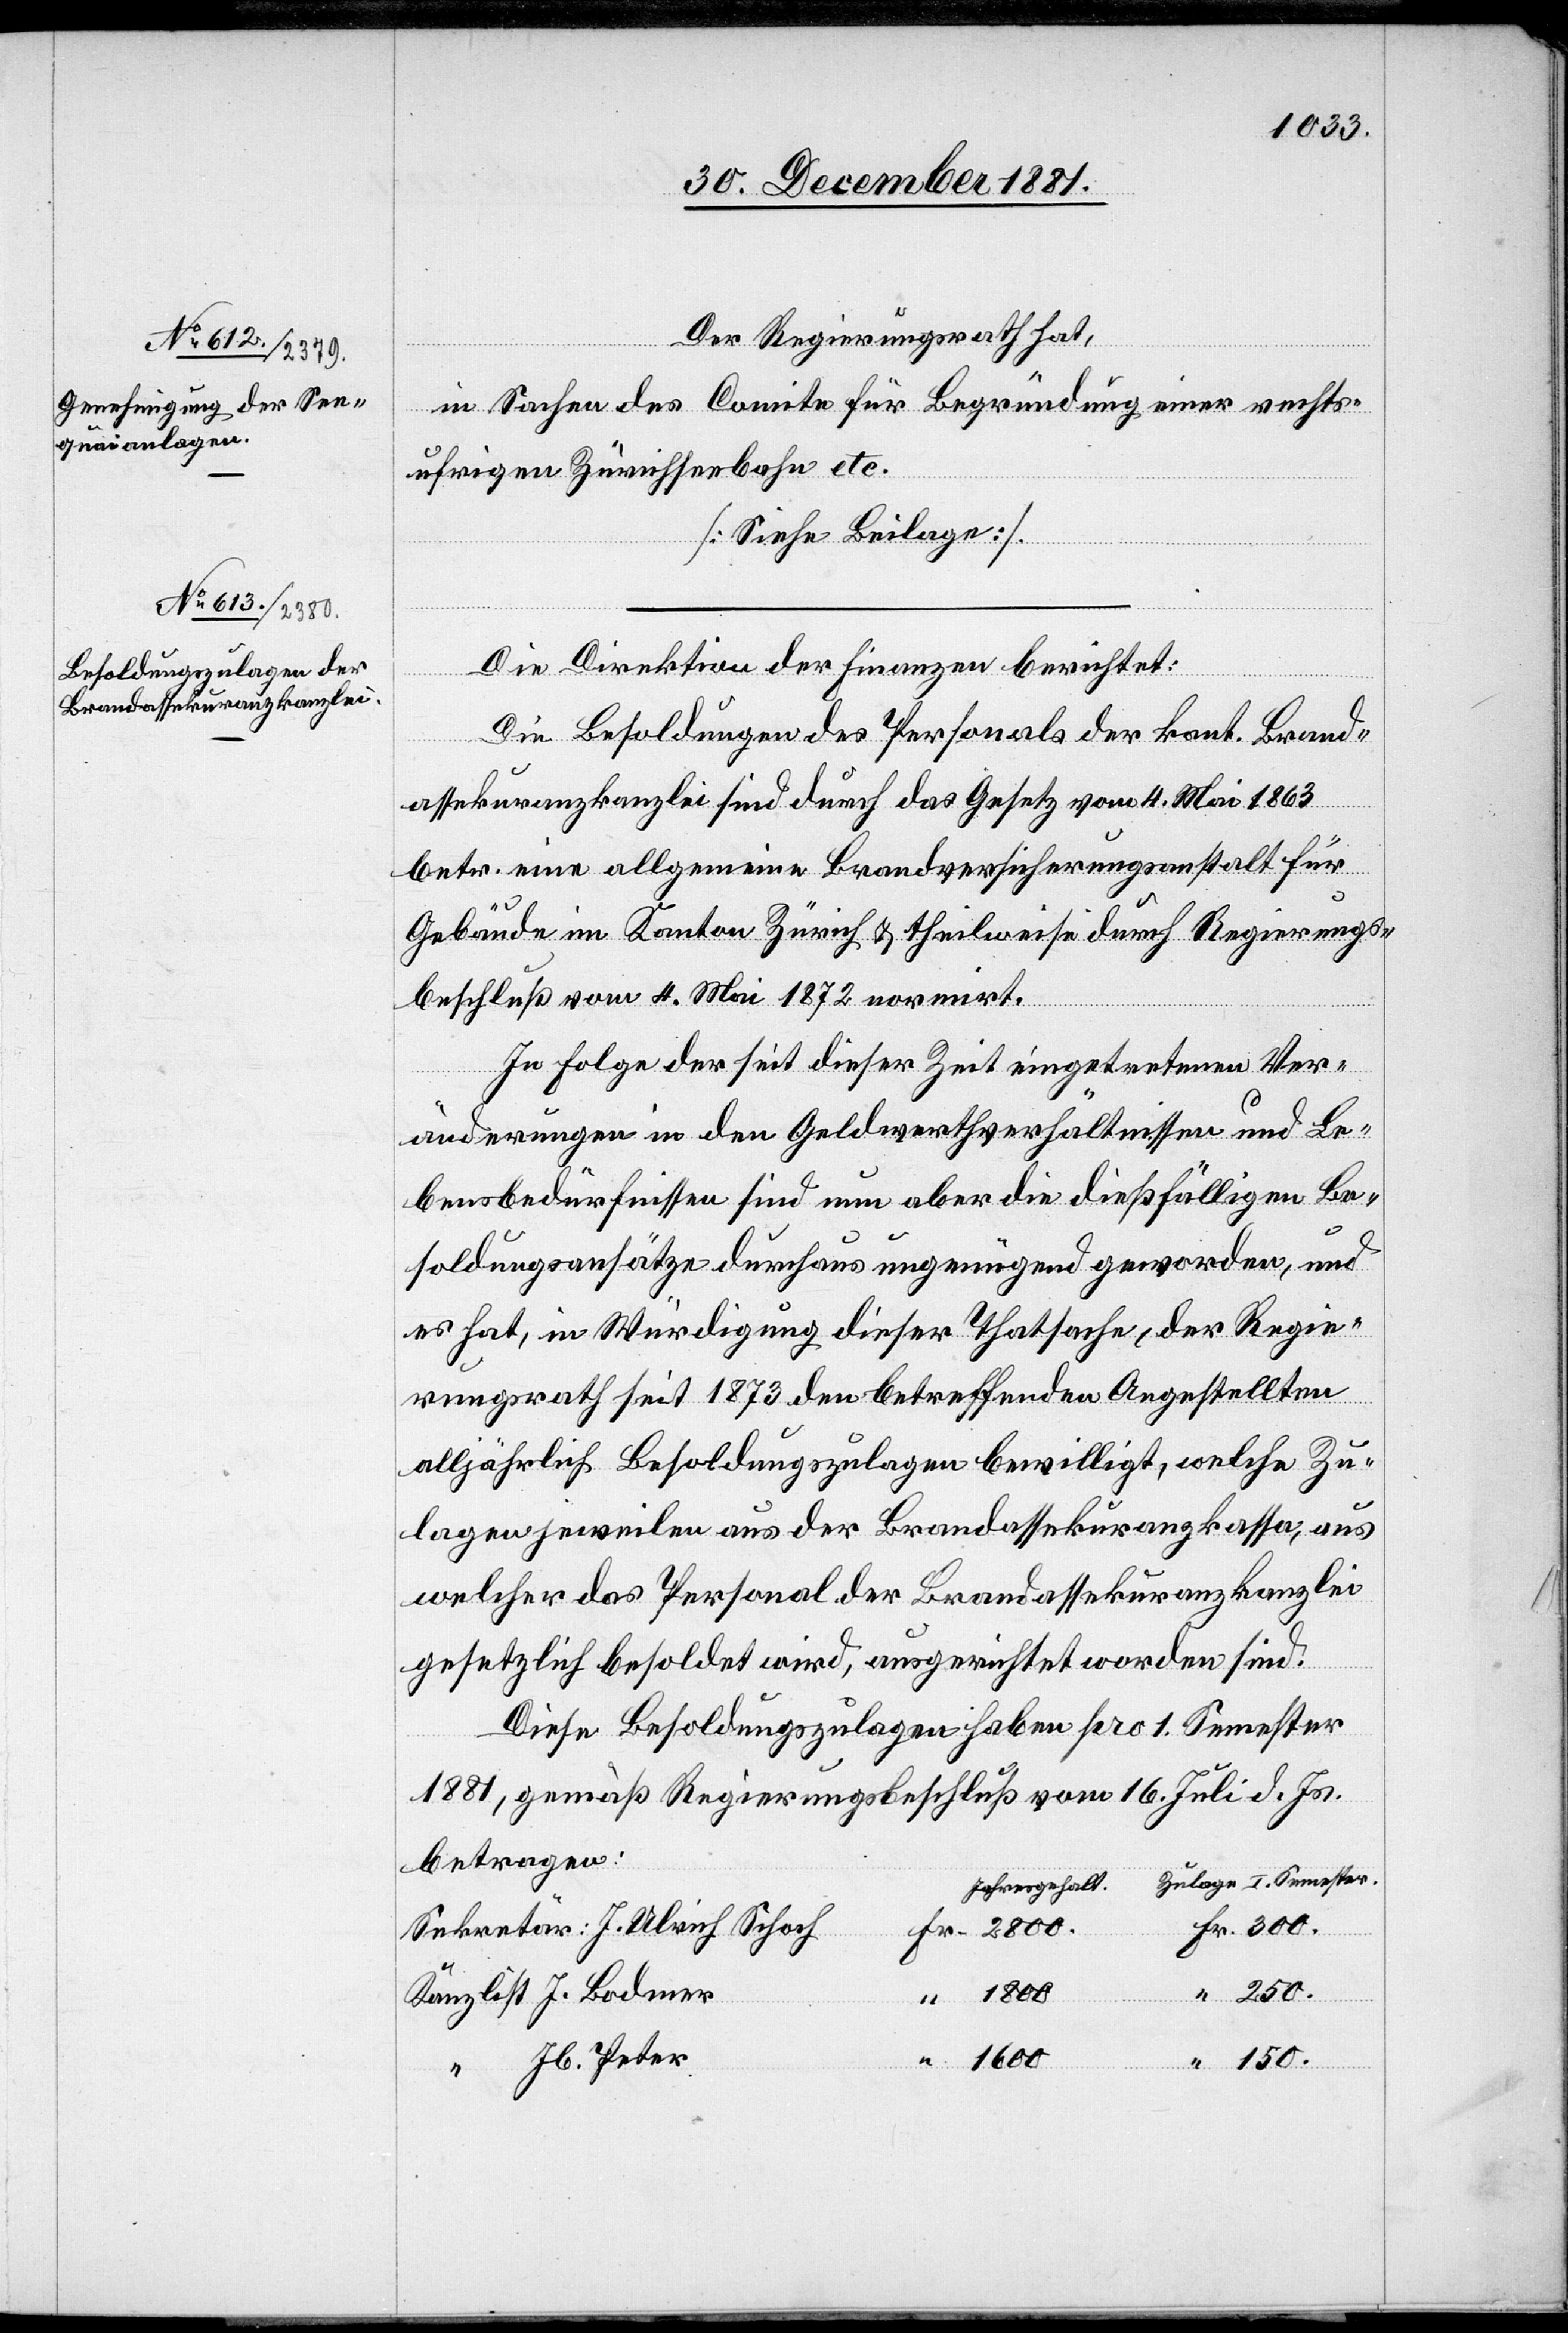
Die Direktion der Finanzen berichtet:
150.
ter
Die Besoldungen des Personals der kant. Brand¬
assekuranzkanzlei sind durch das Gesetz vom 4. Mai 1863
betr. eine allgemeine Brandversicherungsanstalt für
Gebäude im Kanton Zürich & theilweise durch Regierungs¬
beschluß vom 4. Mai 1872 normirt.
In Folge der seit dieser Zeit eingetretenen Ver¬
Sekre¬
änderungen in den Geldwerthverhältnissen und Le¬
bensbedürfnissen sind nun aber die dießfälligen Be¬
soldungsansätze durchaus ungenügend geworden, und
es hat, in Würdigung dieser Thatsache, der Regie¬
rungsrath seit 1873 den betreffenden Angestellten
alljährlich Besoldungszulagen bewilligt, welche Zu¬
lagen jeweilen aus der Brandassekuranzkassa, aus
welcher das Personal der Brandassekuranzkanzlei
gesetzlich besoldet wird, ausgerichtet worden sind.
Diese Besoldungszulagen haben pro 1. Semester
1881, gemäß Regierungsbeschluß vom 16. Juli d. Js.
betragen:
Zulage I. Semester.
Jahresgehalt
300.